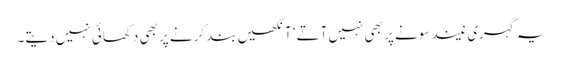
یہ گہری نیند سونے پر بھی نہیں آتے‘ آنکھیں بند کرنے پر بھی دکھائی نہیں دیتے۔